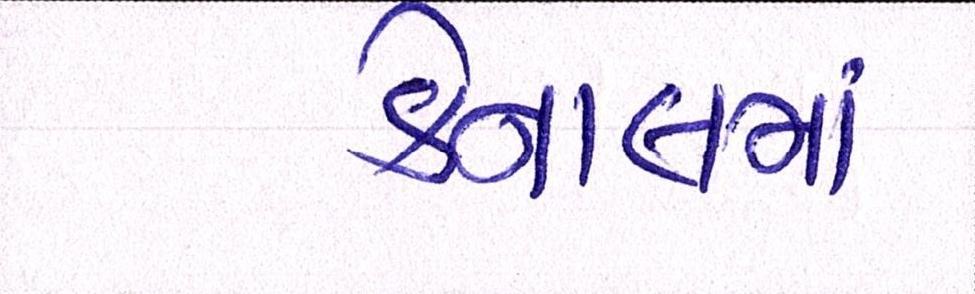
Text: કેનાલના